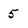
Character: 5